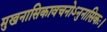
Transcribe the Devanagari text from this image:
मुखनासिकावचनोऽनुनासिकः।